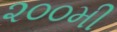
૨૦૦મી